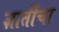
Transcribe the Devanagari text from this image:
ज्ञातींचा